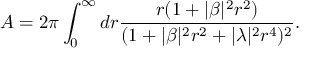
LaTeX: A = 2 \pi \int _ { 0 } ^ { \infty } d r \frac { r ( 1 + | \beta | ^ { 2 } r ^ { 2 } ) } { ( 1 + | \beta | ^ { 2 } r ^ { 2 } + | \lambda | ^ { 2 } r ^ { 4 } ) ^ { 2 } } .